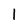
Character: 1